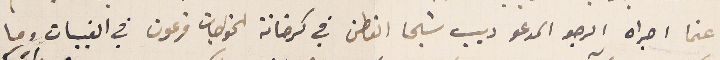
عنما اجراه الرجو المدعو ديب شيحا القطن في كرخانة الخواجات فرعون في القبيات وما